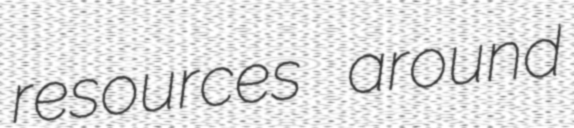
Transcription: resources around